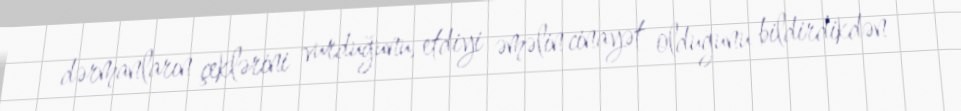
dərmanların çeklərini vurduğunu, etdiyi əməlin cinayət olduğunu bildirdikdən